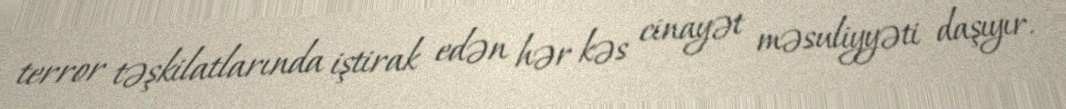
terror təşkilatlarında iştirak edən hər kəs cinayət məsuliyyəti daşıyır.